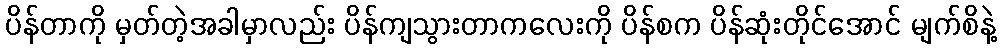
ပိန်တာကို မှတ်တဲ့အခါမှာလည်း ပိန်ကျသွားတာကလေးကို ပိန်စက ပိန်ဆုံးတိုင်အောင် မျက်စိနဲ့